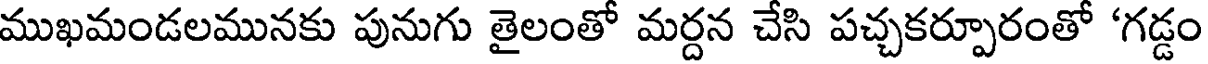
ముఖమండలమునకు పునుగు తైలంతో మర్దన చేసి పచ్చకర్పూరంతో 'గడ్డం